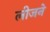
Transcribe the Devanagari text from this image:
लीजने